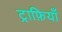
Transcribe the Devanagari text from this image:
ट्राफ़ियाँ